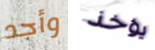
وأجد يؤخذ